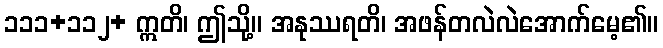
၁၁၁+၁၁၂+ ဣတိ၊ ဤသို့။ အနုဿရတိ၊ အဖန်တလဲလဲအောက်မေ့၏။